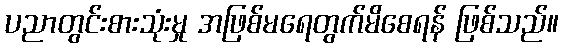
ပညာတွင်းစားသုံးမှု အဖြစ်မရေတွက်မိစေရန် ဖြစ်သည်။